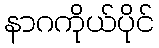
နာဂကိုယ်ပိုင်